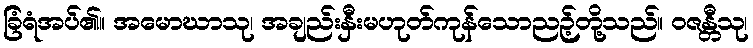
ခြံရံအပ်၏။ အမောဃာသု၊ အချည်းနှီးမဟုတ်ကုန်သောညဉ့်တို့သည်။ ဝဇန္တီသု၊